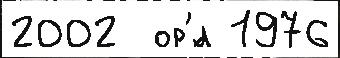
2002  ор'́л 1976